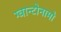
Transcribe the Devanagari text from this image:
ग्वान्टोनामो